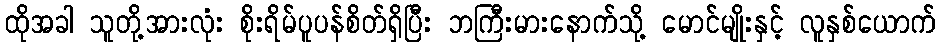
ထိုအခါ သူတို့အားလုံး စိုးရိမ်ပူပန်စိတ်ရှိပြီး ဘကြီးမားနောက်သို့ မောင်မျိုးနှင့် လူနှစ်ယောက်